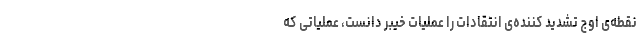
نقطه‌ی اوج تشدید کننده‌ی انتقادات را عملیات خیبر دانست، عملیاتی که